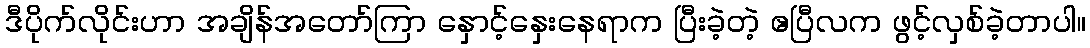
ဒီပိုက်လိုင်းဟာ အချိန်အတော်ကြာ နှောင့်နှေးနေရာက ပြီးခဲ့တဲ့ ဧပြီလက ဖွင့်လှစ်ခဲ့တာပါ။